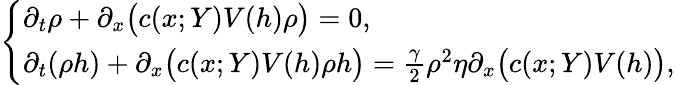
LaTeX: \left\{ \begin{array}{ll}{\partial_{t}\rho+\partial_{x}\bigl(c(x;Y)V(h)\rho\bigr)=0,}\\ {\partial_{t}(\rho h)+\partial_{x}\bigl(c(x;Y)V(h)\rho h\bigr)=\frac{\gamma}{2}\rho^{2}\eta\partial_{x}\bigl(c(x;Y)V(h)\bigr),}\end{array}\right.